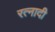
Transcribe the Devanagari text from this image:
रत्‍नादी